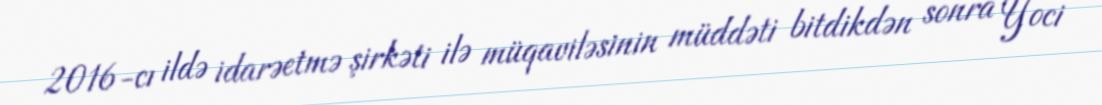
2016-cı ildə idarəetmə şirkəti ilə müqaviləsinin müddəti bitdikdən sonra Yoci